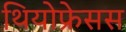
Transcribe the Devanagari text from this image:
थियोफ्रेसस